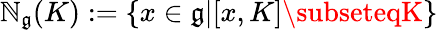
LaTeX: \mathbb{N}_{\mathfrak{{g}}}(K):=\{ x\in{\mathfrak{{g}}}|[x,K]\subseteqK\}